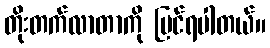
တိုးတက်လာတာကို မြင်ရပါတယ်။